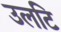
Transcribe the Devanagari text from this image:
उलटि